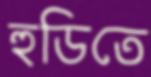
হুডিতে